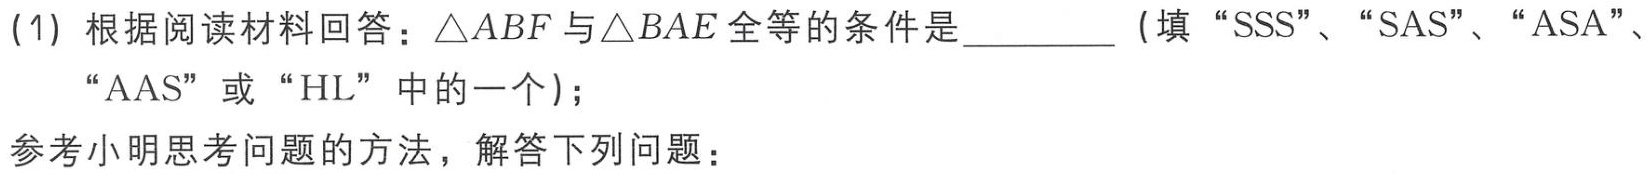
(1) 根据阅读材料回答：\(\triangle ABF\)与\(\triangle BAE\)全等的条件是_________（填“SSS”、“SAS”、“ASA”、“AAS”或“HL”中的一个）；

参考小明思考问题的方法，解答下列问题：